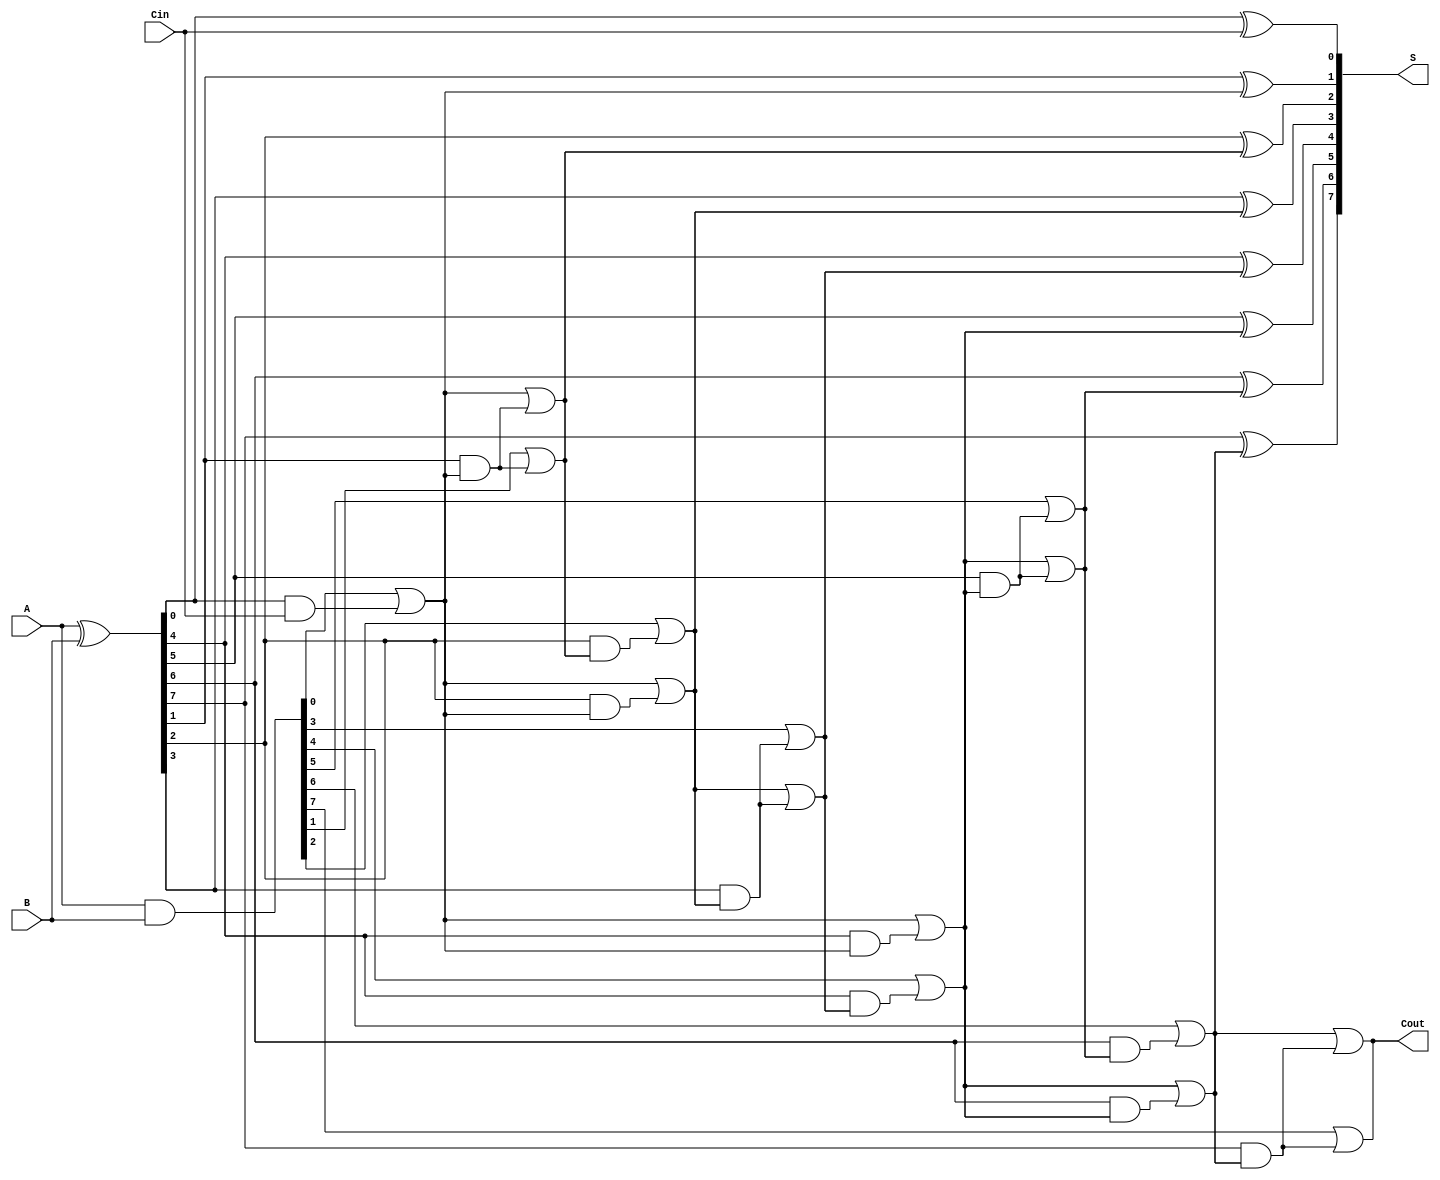
module ParallelPrefixAdder #(parameter n = 8) (
    input [n-1:0] A,
    input [n-1:0] B,
    input Cin,
    output [n-1:0] S,
    output Cout
);

    // Generate and Propagate signals
    wire [n-1:0] G; // Generate signals
    wire [n-1:0] P; // Propagate signals
    wire [n:0] C;   // Carry signals (C[0] contains Cin)

    // Generate and propagate logic
    assign G = A & B;        // G[i] = A[i] AND B[i]
    assign P = A ^ B;        // P[i] = A[i] XOR B[i]
    
    // Carry input
    assign C[0] = Cin;

    // Carry computation using Kogge-Stone logic
    genvar i;
    genvar j;

    // Level 1 carry computation
    generate
        for (i = 0; i < n; i = i + 1) begin: level1
            if (i == 0) begin
                assign C[i + 1] = G[i] | (P[i] & C[i]); // C[1] = G[0] | (P[0] & Cin)
            end else begin
                assign C[i + 1] = G[i] | (P[i] & C[i]); // C[i+1] = G[i] | (P[i] & C[i])
            end
        end
    endgenerate

    // Level 2 carry computation (combining pairs)
    generate
        for (j = 1; j < n; j = j * 2) begin: level2
            for (i = 0; i < n; i = i + 1) begin: level2_inner
                if (i % (j * 2) == 0) begin
                    assign C[i + j + 1] = C[i + 1] | (P[i + j] & C[i + 1]); // Combine pairs
                end
            end
        end
    endgenerate

    // Level 3 computation for final carry out
    assign Cout = C[n]; // Final carry out

    // Sum calculation
    generate
        for (i = 0; i < n; i = i + 1) begin: sum
            assign S[i] = P[i] ^ C[i]; // Sum calculation
        end
    endgenerate

endmodule